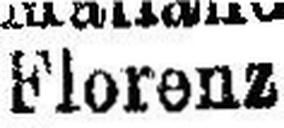
Florenz